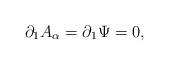
LaTeX: \begin{align*}\partial_1 A_{\alpha} = \partial_1 \Psi = 0,\end{align*}